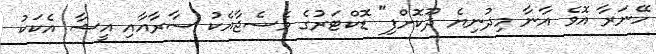
ހޭނަރާ އޮވެ އާނާ މިދުނިޔެ ދޫކޮށްފި" ޑޮކްޓަރުގެ މެސެޖާއެކު ސާރާއާއި އީޝާ އެކަކު